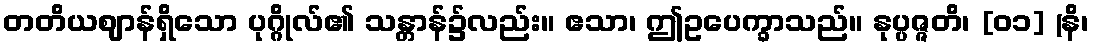
တတိယဈာန်ရှိသော ပုဂ္ဂိုလ်၏ သန္တာန်၌လည်း။ ဧသာ၊ ဤဥပေက္ခာသည်။ နုပ္ပဇ္ဇတိ၊ [၀၁] (နိ၊